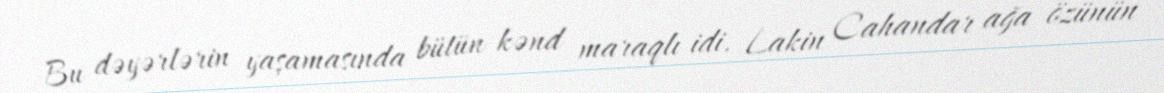
Bu dəyərlərin yaşamasında bütün kənd maraqlı idi. Lakin Cahandar ağa özünün